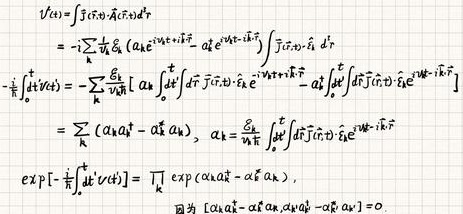
\[
\begin{align*}
V(t)&=\int j(\tau)\cdot \hat{A}(\tau)d\tau\\
&=-i\sum_{k}\frac{1}{v_{k}}\hat{\epsilon}_{k}\left(a_{k}e^{i\omega_{k}\tau}+a_{k}^{\dagger}e^{-i\omega_{k}\tau - i\mathbf{k}\cdot\hat{\mathbf{r}}}\right)\int\hat{j}(\tau)\cdot\hat{\epsilon}_{k}d\tau\\
-\frac{i}{\hbar}\int_{0}^{t}V(\tau)d\tau&=-\sum_{k}\frac{g_{k}}{v_{k}}\left[a_{k}\int_{0}^{t}d\tau\int\hat{j}(\tau)\cdot\hat{\epsilon}_{k}e^{-i\omega_{k}\tau - i\mathbf{k}\cdot\hat{\mathbf{r}}} - a_{k}^{\dagger}\int_{0}^{t}d\tau\int\hat{j}(\tau)\cdot\hat{\epsilon}_{k}e^{i\omega_{k}\tau - i\mathbf{k}\cdot\hat{\mathbf{r}}}\right]\\
&=\sum_{k}\left(a_{k}\alpha_{k}^{\dagger}-\alpha_{k}^{\dagger}a_{k}\right),\quad \alpha_{k}=\frac{g_{k}}{v_{k}\hbar}\int_{0}^{t}d\tau\int\hat{j}(\tau)\cdot\hat{\epsilon}_{k}e^{-i\omega_{k}\tau - i\mathbf{k}\cdot\hat{\mathbf{r}}}\\
\exp\left[-\frac{i}{\hbar}\int_{0}^{t}V(\tau)d\tau\right]&=\prod_{k}\exp\left(\alpha_{k}a_{k}^{\dagger}-\alpha_{k}^{\dagger}a_{k}\right),\\
&\text{因为 }\left[\alpha_{k}a_{k}^{\dagger}-\alpha_{k}^{\dagger}a_{k},\alpha_{l}a_{l}^{\dagger}-\alpha_{l}^{\dagger}a_{l}\right]=0.
\end{align*}
\]